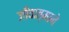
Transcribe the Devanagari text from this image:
जीवात्माने